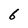
Character: 6